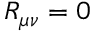
R _ { \mu \nu } = 0